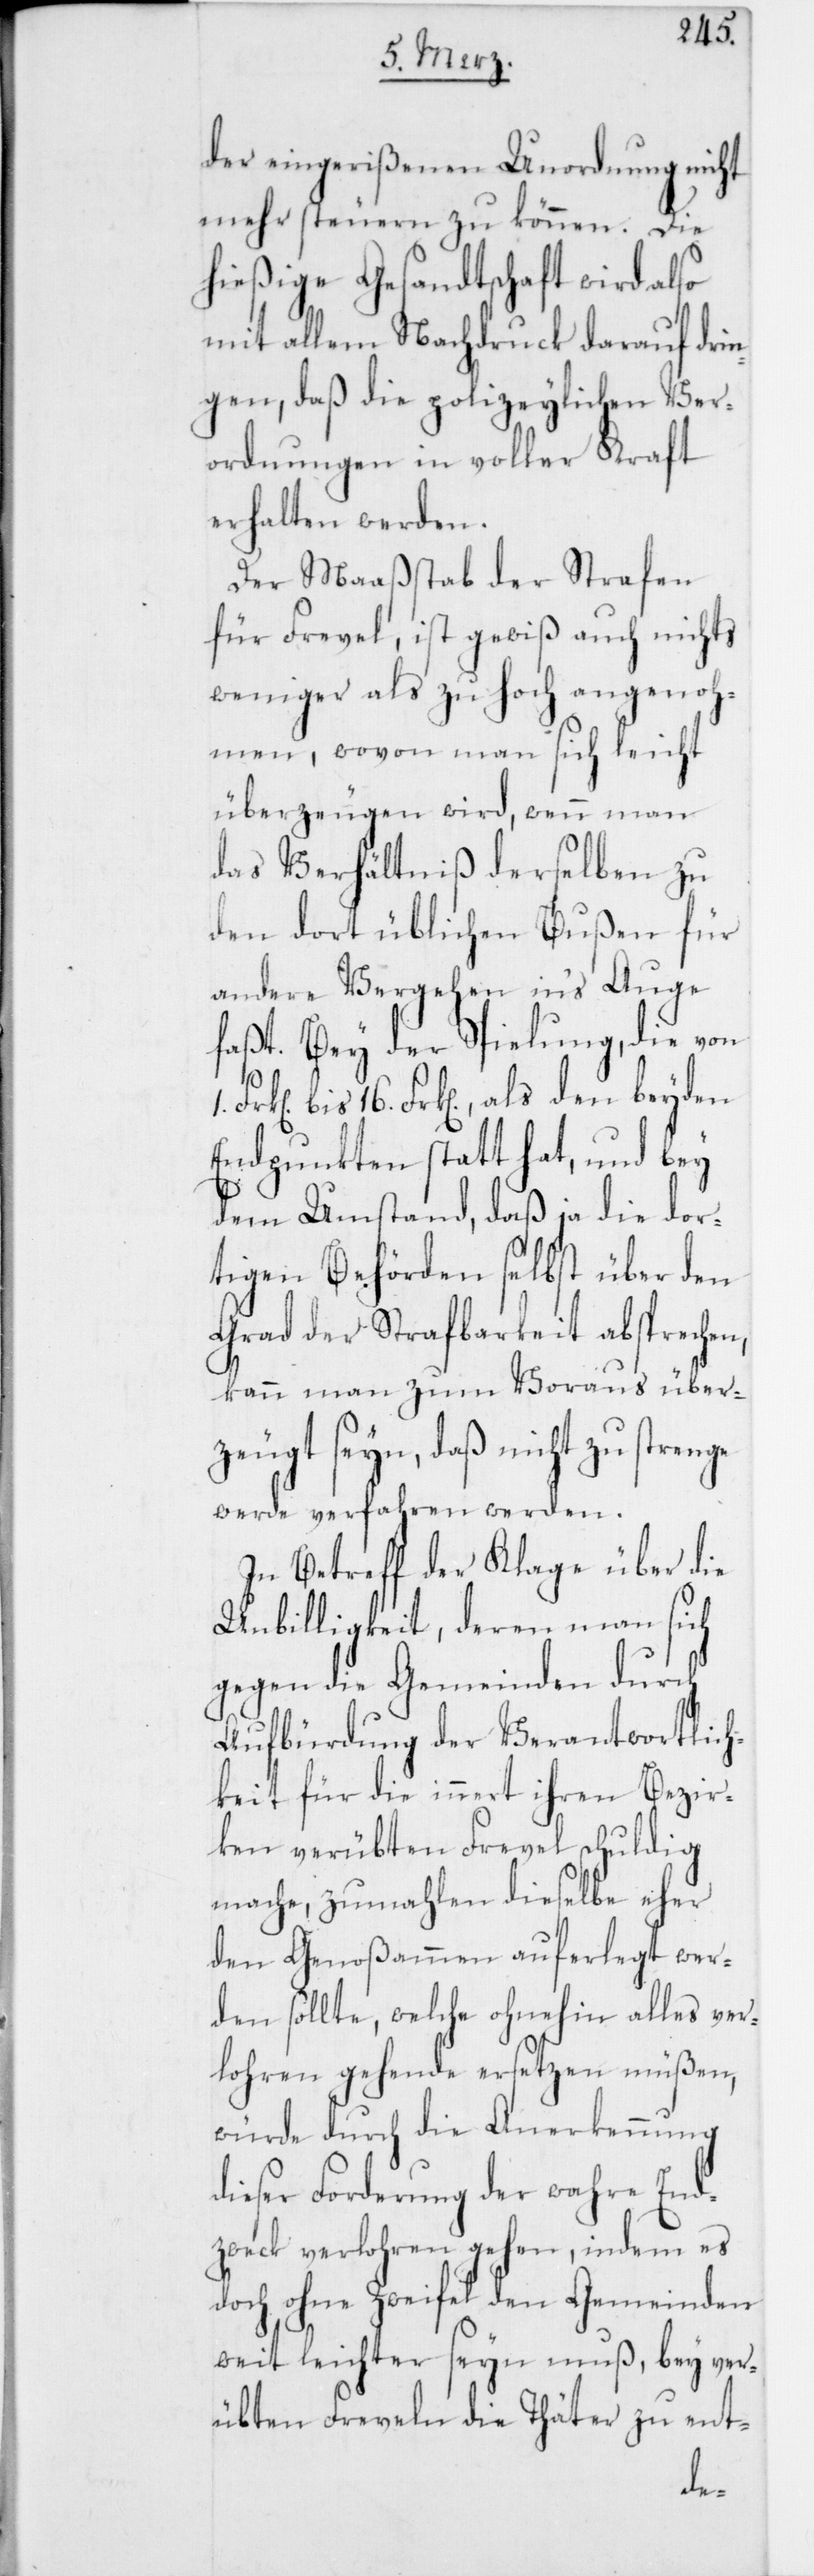
der eingerißenen Unordnung nicht
mehr steuern zu können. Die
hießige Gesandtschaft wird also
mit allem Nachdruck darauf drin¬
gen, daß die polizeylichen Ver¬
ordnungen in voller Kraft
erhalten werden.
Der Maaßstab der Strafen
für Frevel, ist gewiß auch nichts
weniger als zu hoch angenoh¬
men, wovon man sich leicht
überzeugen wird, wenn man
das Verhältniß derselben zu
den dort üblichen Bußen für
andere Vergehen in‘s Auge
faßt. Bey der Spielung, die von
bis 16. Frk[en], als den beyden
Endpunkten statt hat, und bey
dem Umstand, daß ja die dor¬
tigen Behörden selbst über den
Grad der Strafbarkeit absprechen,
kann man zum Voraus über¬
zeugt seyn, daß nicht zu strenge
werde verfahren werden.
In Betreff der Klage über die
Unbilligkeit, deren man sich
gegen die Gemeinden durch
Aufbürdung der Verantwortlich¬
keit für die innert ihren Bezir¬
ken verübten Frevel schuldig
mache, zumahlen dieselbe eher
den Genoßamen auferlegt wer¬
den sollte, welche ohnehin alles ver¬
lohren gehende ersetzen müßen,
würde durch die Anerkennung
dieser Forderung der wahre End¬
zweck verlohren gehen, indem es
doch ohne Zweifel den Gemeinden
weit leichter seyn muß, bey ver¬
übten Freveln die Thäter zu ent-